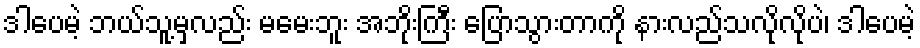
ဒါပေမဲ့ ဘယ်သူ့မှလည်း မမေးဘူး အဘိုးကြီး ပြောသွားတာကို နားလည်သလိုလိုပဲ၊ ဒါပေမဲ့